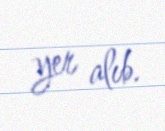
yer alıb.